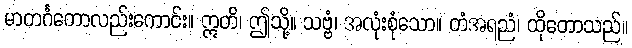
မာတင်္ဂတောလည်းကောင်း။ ဣတိ၊ ဤသို့။ သဗ္ဗံ၊ အလုံးစုံသော။ တံအရညံ၊ ထိုတောသည်။